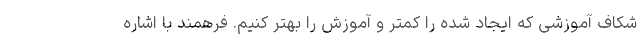
شکاف آموزشی که ایجاد شده را کمتر و آموزش را بهتر کنیم. فرهمند با اشاره